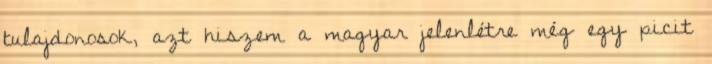
tulajdonosok, azt hiszem a magyar jelenlétre még egy picit